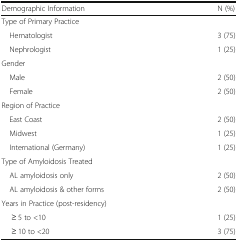
| Demographic Information | N (%) |
 | --- | --- |
 | <COLSPAN=2> Type of Primary Practice |
 | Hematologist | 3 (75) |
 | Nephrologist | 1 (25) |
 | <COLSPAN=2> Gender |
 | Male | 2 (50) |
 | Female | 2 (50) |
 | <COLSPAN=2> Region of Practice |
 | East Coast | 2 (50) |
 | Midwest | 1 (25) |
 | International (Germany) | 1 (25) |
 | <COLSPAN=2> Type of Amyloidosis Treated |
 | AL amyloidosis only | 2 (50) |
 | AL amyloidosis & other forms | 2 (50) |
 | <COLSPAN=2> Years in Practice (post-residency) |
 | ≥ 5 to <10 | 1 (25) |
 | ≥ 10 to <20 | 3 (75) |